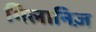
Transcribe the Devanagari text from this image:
मिलानिज़